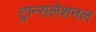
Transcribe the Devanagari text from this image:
ट्रान्सलेशनल